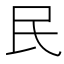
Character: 民